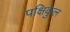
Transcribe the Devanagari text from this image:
पक्षिकुल